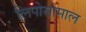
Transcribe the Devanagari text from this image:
लिपोसोमाल